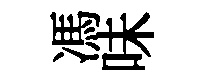
馮味